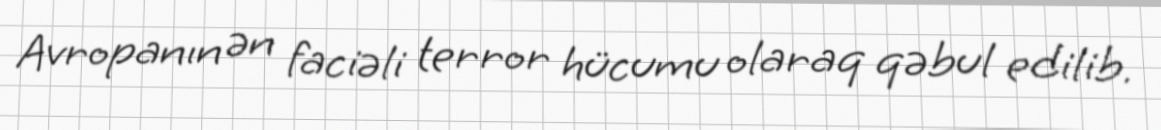
Avropanın ən faciəli terror hücumu olaraq qəbul edilib.